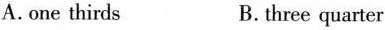
A.one thirds B.three quarter